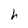
Character: h